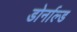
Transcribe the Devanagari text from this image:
डोर्नाल्ड